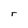
Character: r